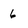
Character: 6